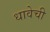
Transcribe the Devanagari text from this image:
धावेची